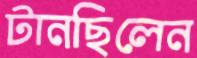
টানছিলেন